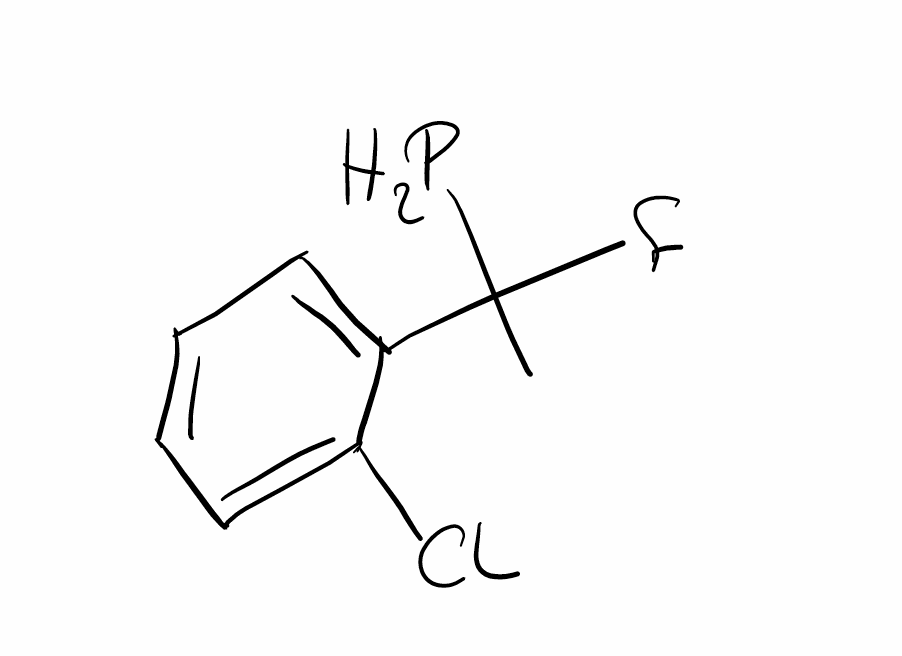
Simplified molecular-input line-entry system (SMILES) notation of the given molecule:
CC(C1=CC=CC=C1Cl)(F)P